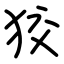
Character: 狡